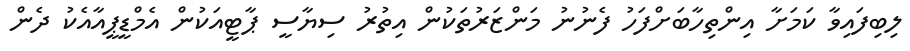
ލިބިފައިވާ ކަމަށާ އިންތިހާބަށްފަހު ފެނުނު މަންޒަރުތަކުން އިތުރު ސިޔާސީ ޕާޓީއަކުން އެމްޑީޕީއާއެކު ދެން